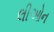
લીઓન